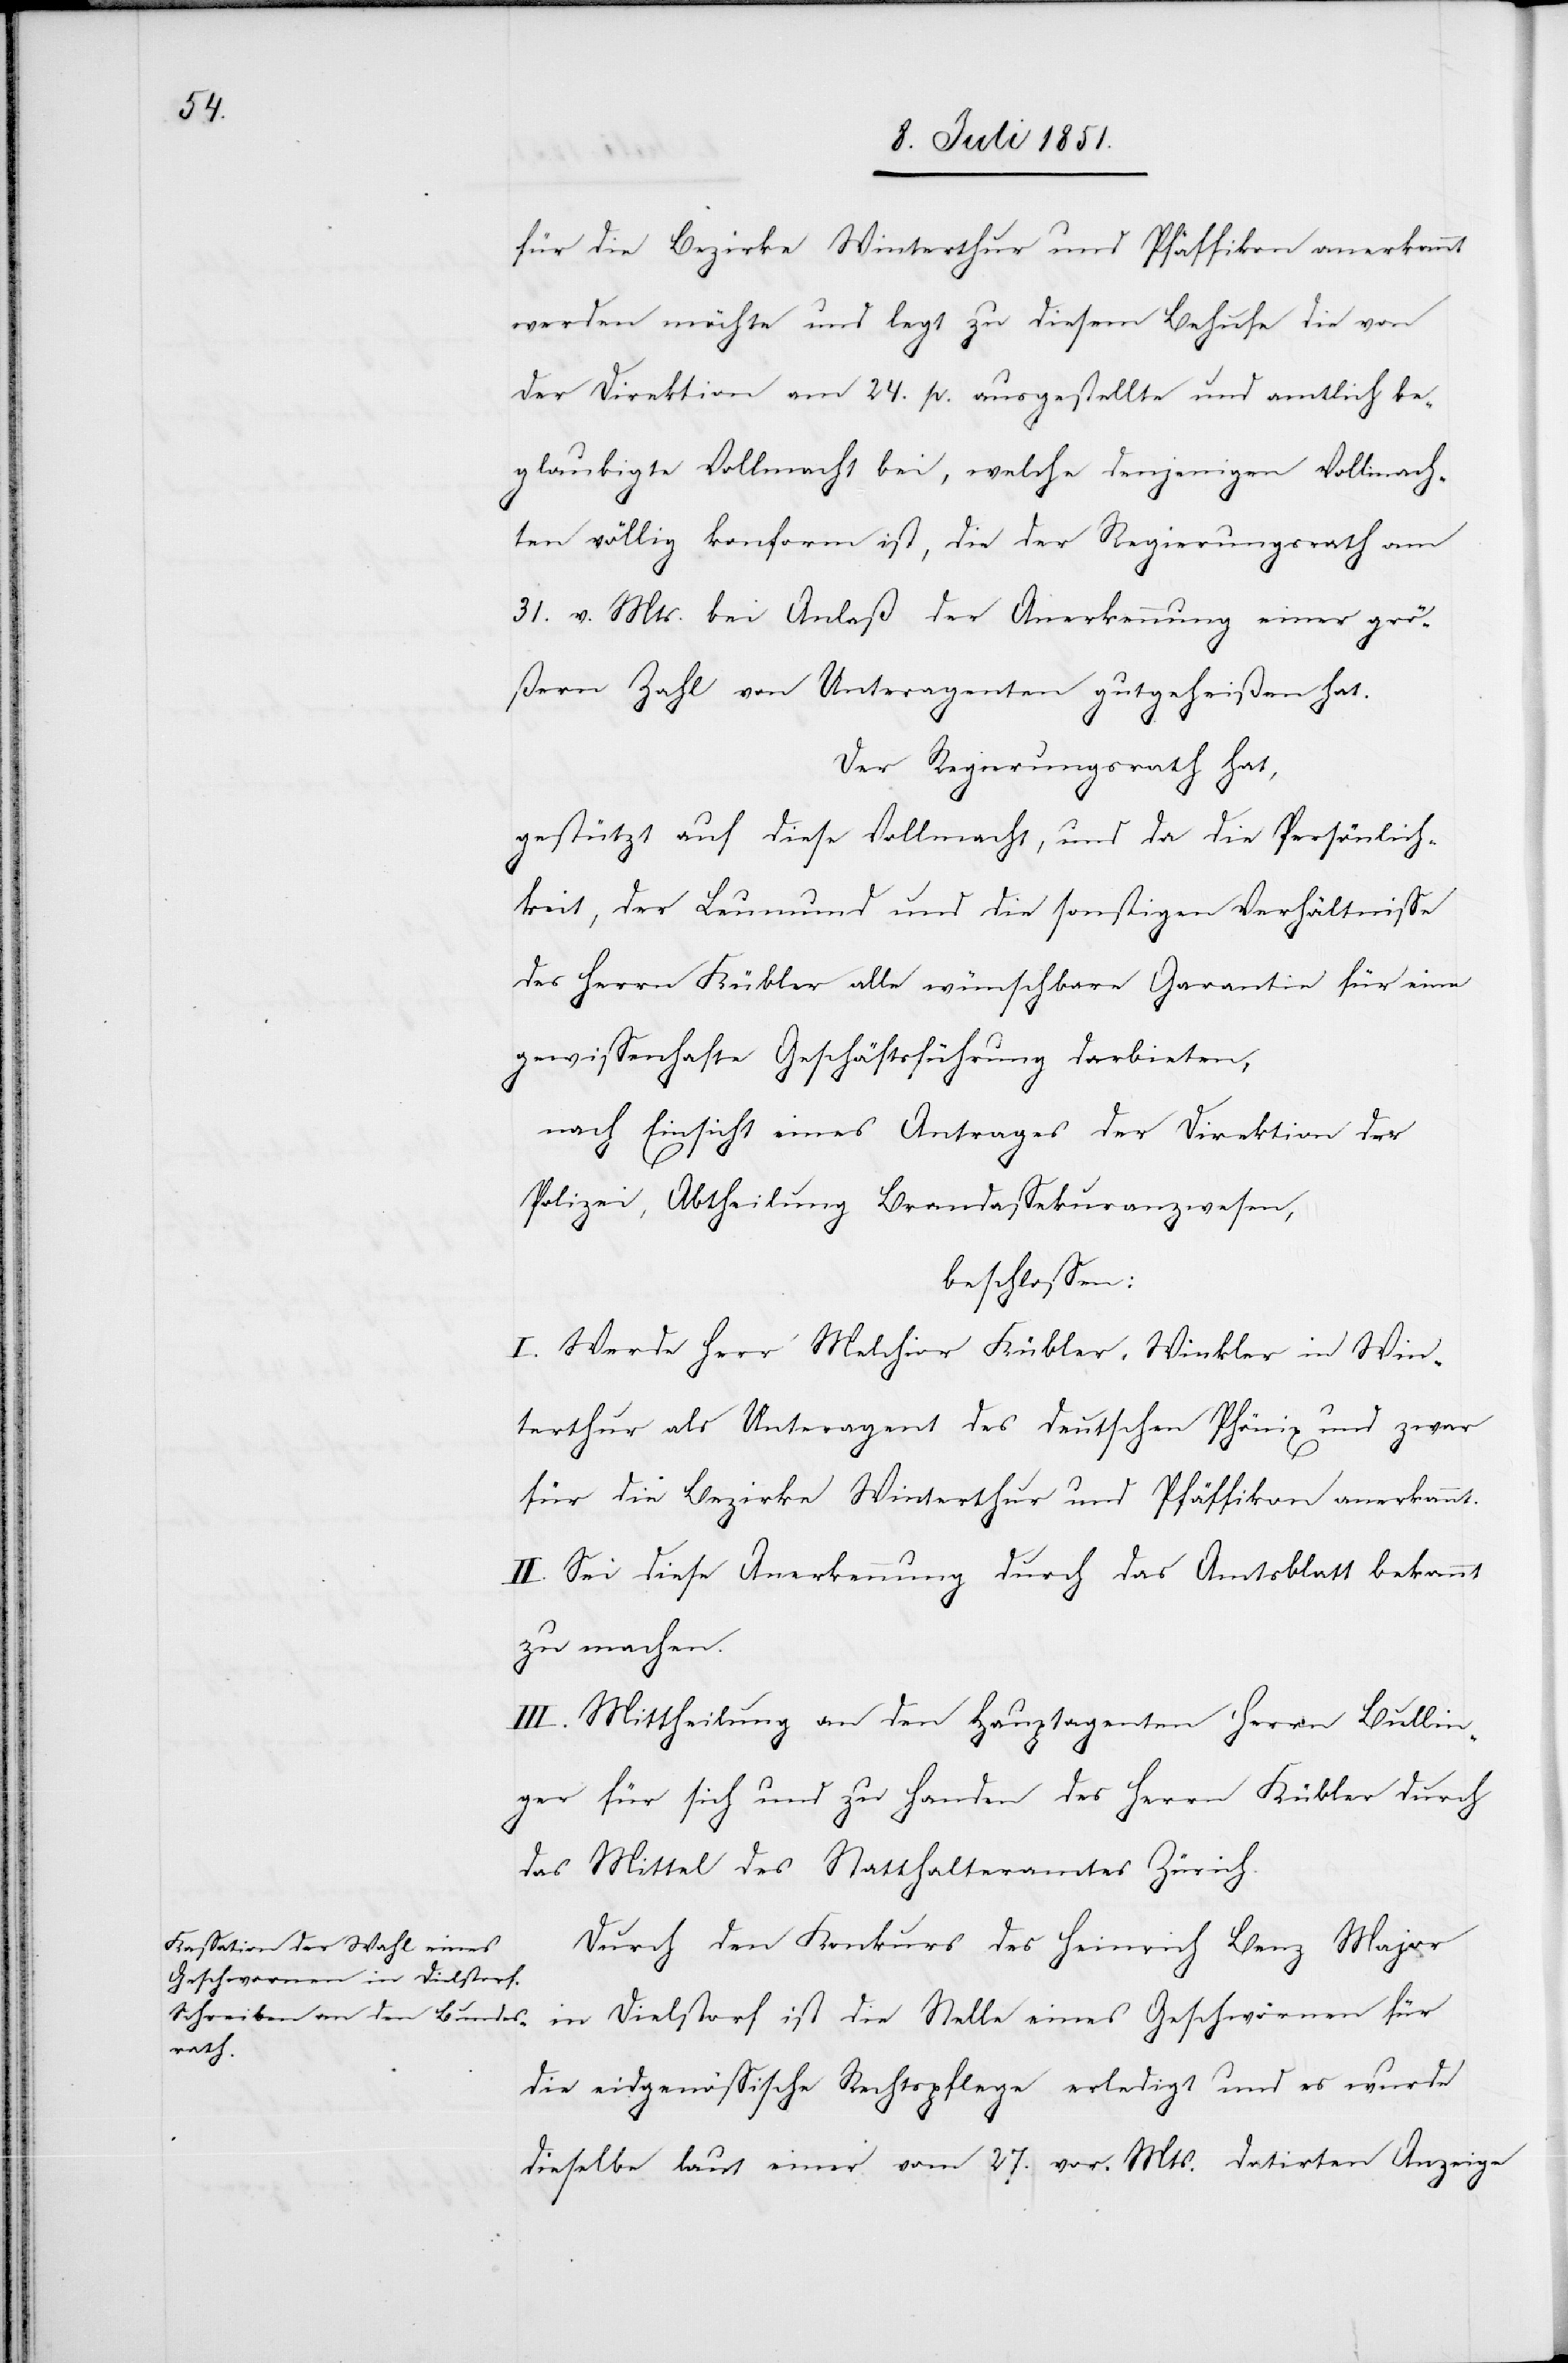
für die Bezirke Winterthur und Pfäffikon anerkannt
werden möchte und legt zu diesem Behufe die von
der Direktion am 24. p. ausgestellte und amtlich be¬
glaubigte Vollmacht bei, welche denjenigen Vollmach¬
ten völlig konform ist, die der Regierungsrath am
31. v. Mts. bei Anlaß der Anerkennung einer grö¬
ßern Zahl von Unteragenten gutgeheißen hat.
Der Regierungsrath hat,
gestützt auf diese Vollmacht, und da die Persönlich¬
keit, der Leumund und die sonstigen Verhältnisse
des Herrn Kübler alle wünschbare Garantie für eine
gewissenhafte Geschäftsführung darbieten,
nach Einsicht eines Antrages der Direktion der
Polizei, Abtheilung Brandassekuranzwesen,
beschlossen:
I. Werde Herr Melchior Kübler-Winkler in Win¬
terthur als Unteragent des deutschen Phönix und zwar
für die Bezirke Winterthur und Pfäffikon anerkannt.
II. Sei diese Anerkennung durch das Amtsblatt bekannt
zu machen.
III. Mittheilung an den Hauptagenten Herrn Bullin¬
ger für sich und zu Handen des Herrn Kübler durch
das Mittel des Statthalteramtes Zürich.
Durch den Konkurs des Heinrich Benz Major
in Dielstorf ist die Stelle eines Geschwornen für
die eidgenössische Rechtspflege erledigt und es wurde
dieselbe laut einer vom 27. vor. Mts. datirten Anzeige